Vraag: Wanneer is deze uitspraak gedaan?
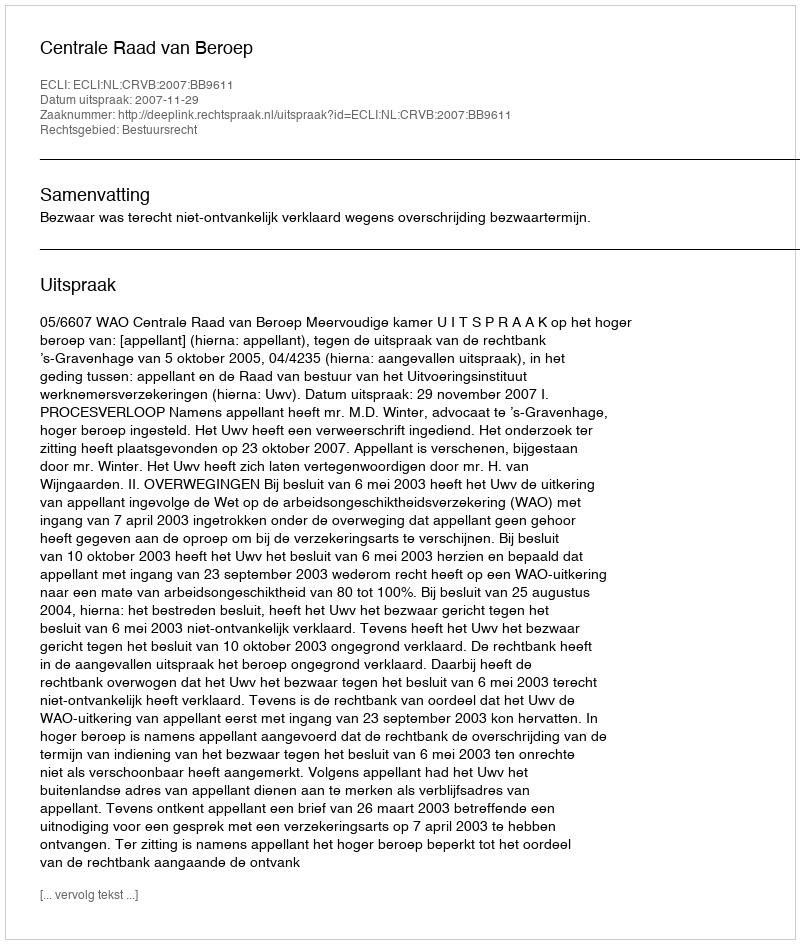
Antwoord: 2007-11-29